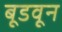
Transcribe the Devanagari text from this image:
बूडवून